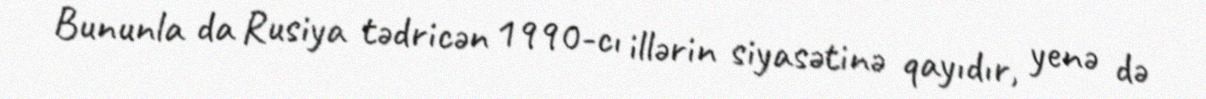
Bununla da Rusiya tədricən 1990-cı illərin siyasətinə qayıdır, yenə də